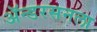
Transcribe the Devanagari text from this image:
ॲन्डरसनला